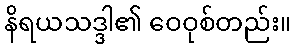
နိရယသဒ္ဒါ၏ ဝေဝုစ်တည်း။